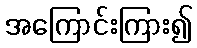
အကြောင်းကြား၍